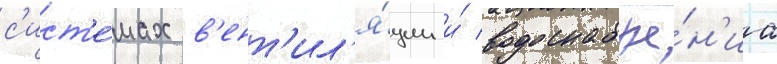
с'ист'е́мах в'ент'ил'я́ции и́ водоснабже́н'иа